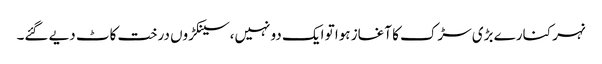
نہر کنارے بڑی سڑک کا آغاز ہوا تو ایک دو نہیں،سینکڑوں درخت کاٹ دیے گئے۔